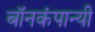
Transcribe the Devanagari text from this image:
बॉनकंपान्यी